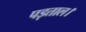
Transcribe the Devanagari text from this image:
पड़ताल।